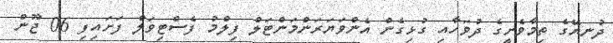
ދުނޔޭގެ ތިމާވެށީގެ ދުވަހާއި ގުޅިގެން އެންވަޔަރަންމަންޓަލް ފިލްމު ފެސްޓިވަލް ފަށައިފި 06 ޖޫން